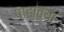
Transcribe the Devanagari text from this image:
पाहाव्या